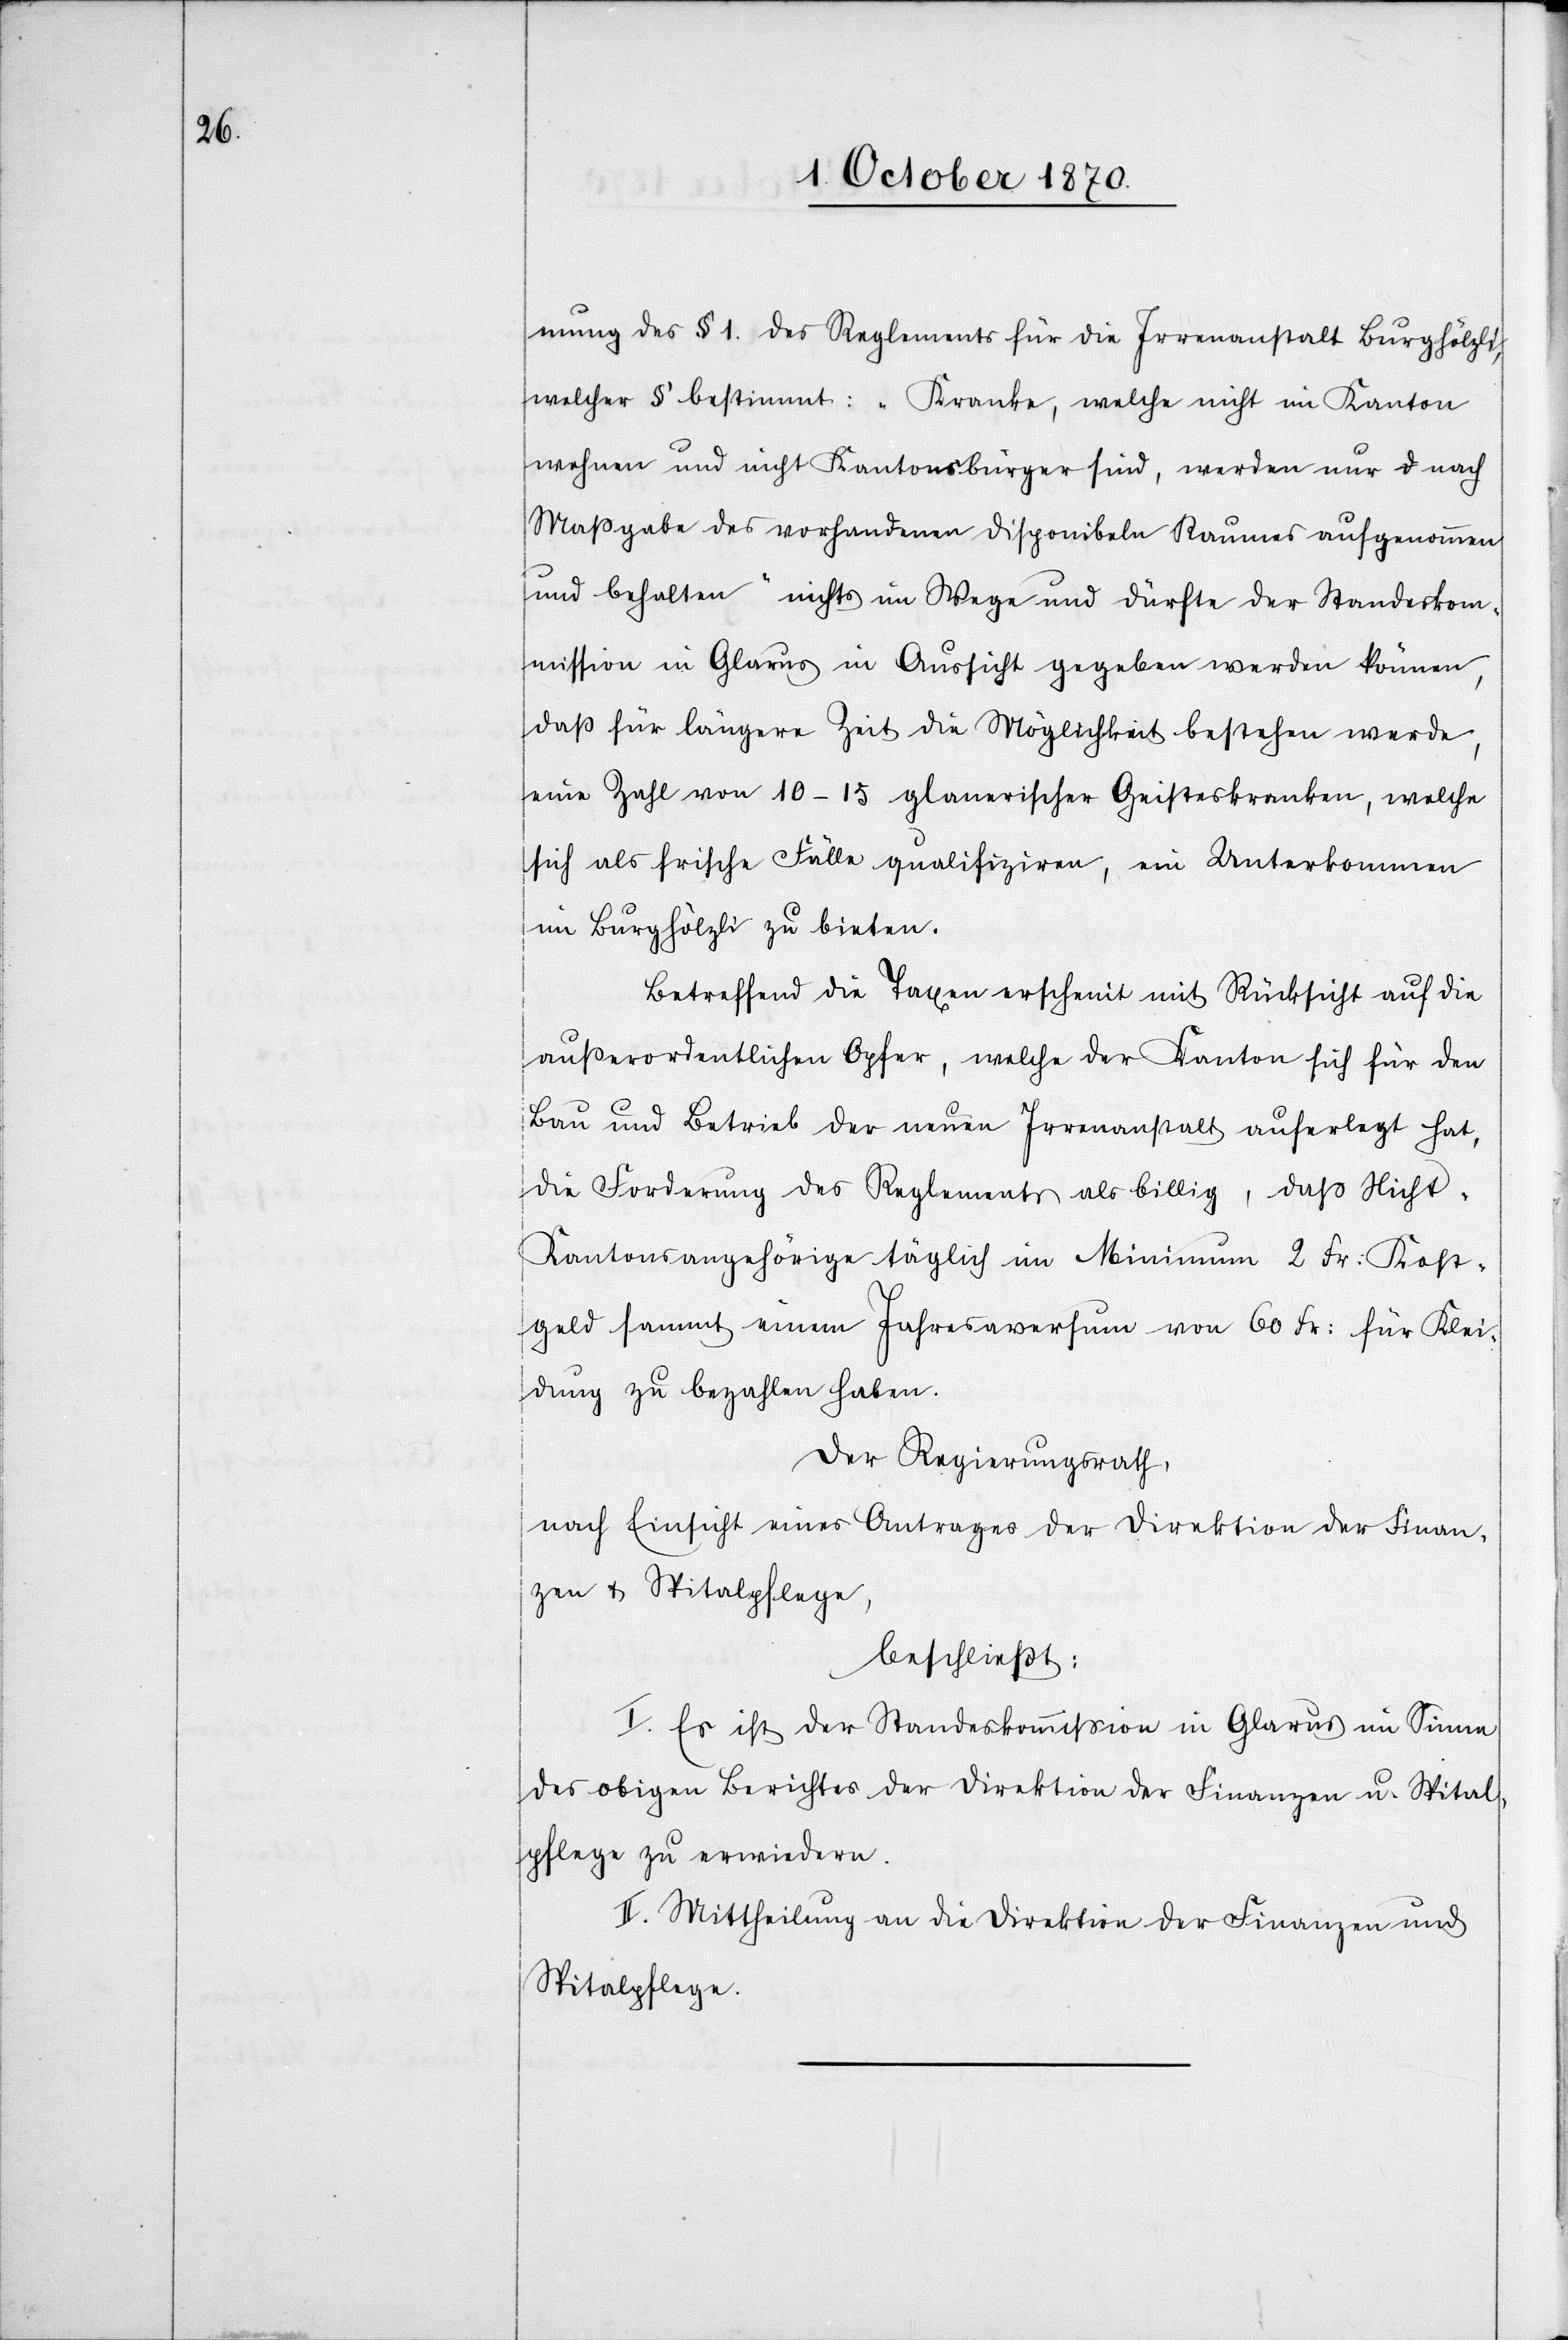
mung des § 1. des Reglements für die Irrenanstalt Burghölzli,
welcher § bestimmt: „Kranke, welche nicht im Kanton
wohnen und nicht Kantonsbürger sind, werden nur nach
Maßgabe des vorhandenen disponibeln Raumes aufgenommen
und behalten“ nichts im Wege und dürfte der Standeskom¬
mission in Glarus in Aussicht gegeben werden können,
daß für längere Zeit die Möglichkeit bestehen werde,
eine[r] Zahl von 10–15 glanerische Geisteskranken, welche
sich als frische Fälle qualifiziren, ein Unterkommen
im Burghölzli zu bieten.
Betreffend die Taxen erscheint mit Rücksicht auf die
außerordentlichen Opfer, welche der Kanton sich für den
Bau und Betrieb der neuen Irrenanstalt auferlegt hat,
die Forderung des Reglements als billig, daß Nicht-K¬
antonsangehörige täglich im Minimum 2 Fr: Kost¬
geld sammt einem Jahresaversum von 60 Fr: für Klei¬
dung zu bezahlen haben.
Der Regierungsrath,
nach Einsicht eines Antrages der Direktion der Finan¬
zen + Spitalpflege,
beschließt:
I. Es ist der Standeskommission in Glarus im Sinne
der obigen Berichtes der Direktion der Finanzen u. Spital¬
pflege zu erwiedern.
II. Mittheilung an die Direktion der Finanzen und
Spitalpflege.